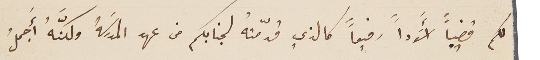
لكم قضيباً أسوَداً رفيعاً كالذي قدّمتهُ لجنابكم من عهد المدرسَة ولكنَّهُ أَجملُ